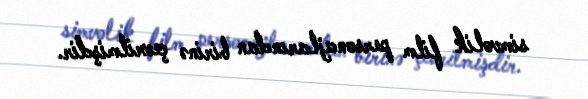
simvolik film personajlarından birinə çevrilmişdir.